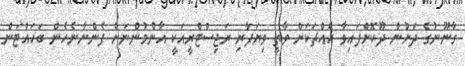
ގާނޫނުގެ ދަށުން ދޫކޮށްފައިވާ އެއްޗަކަށް ވާތީ ވިޔަފާރި ރަޖިސްޓްރީއަކީ އާންމުންނަށް ފެންނާނެހެން ބަހައްޓަން